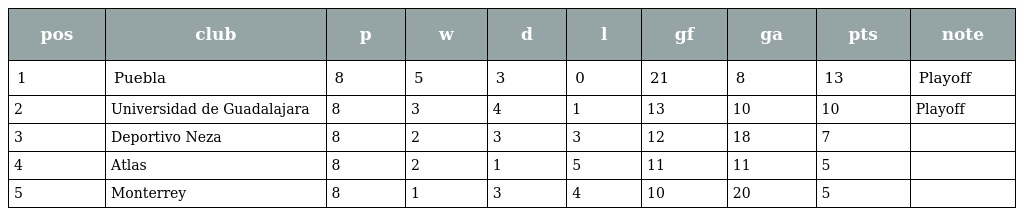
| pos | club | p | w | d | l | gf | ga | pts | note |
 | --- | --- | --- | --- | --- | --- | --- | --- | --- | --- |
 | 1 | Puebla | 8 | 5 | 3 | 0 | 21 | 8 | 13 | Playoff |
 | 2 | Universidad de Guadalajara | 8 | 3 | 4 | 1 | 13 | 10 | 10 | Playoff |
 | 3 | Deportivo Neza | 8 | 2 | 3 | 3 | 12 | 18 | 7 |  |
 | 4 | Atlas | 8 | 2 | 1 | 5 | 11 | 11 | 5 |  |
 | 5 | Monterrey | 8 | 1 | 3 | 4 | 10 | 20 | 5 |  |